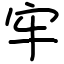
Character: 牢